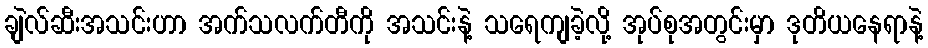
ချဲလ်ဆီးအသင်းဟာ အက်သလက်တီကို အသင်းနဲ့ သရေကျခဲ့လို့ အုပ်စုအတွင်းမှာ ဒုတိယနေရာနဲ့